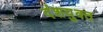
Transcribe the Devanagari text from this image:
दंशयुक्त